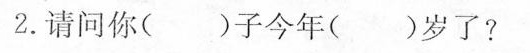
2.请问你()子今年()岁了?